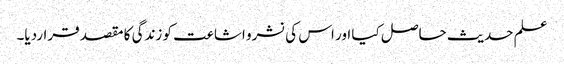
علم حدیث حاصل کیا اور اس کی نشرو اشاعت کو زندگی کا مقصد قراردیا۔